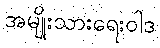
အမျိုးသားရေးဝါဒ